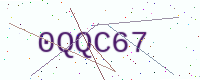
Text: 0QQC67